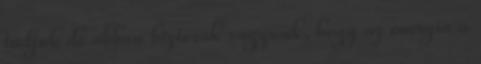
tudjuk de abban biztosak vagyunk, hogy az energia a